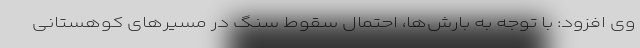
وی افزود: با توجه به بارش‌ها، احتمال سقوط سنگ در مسیرهای کوهستانی